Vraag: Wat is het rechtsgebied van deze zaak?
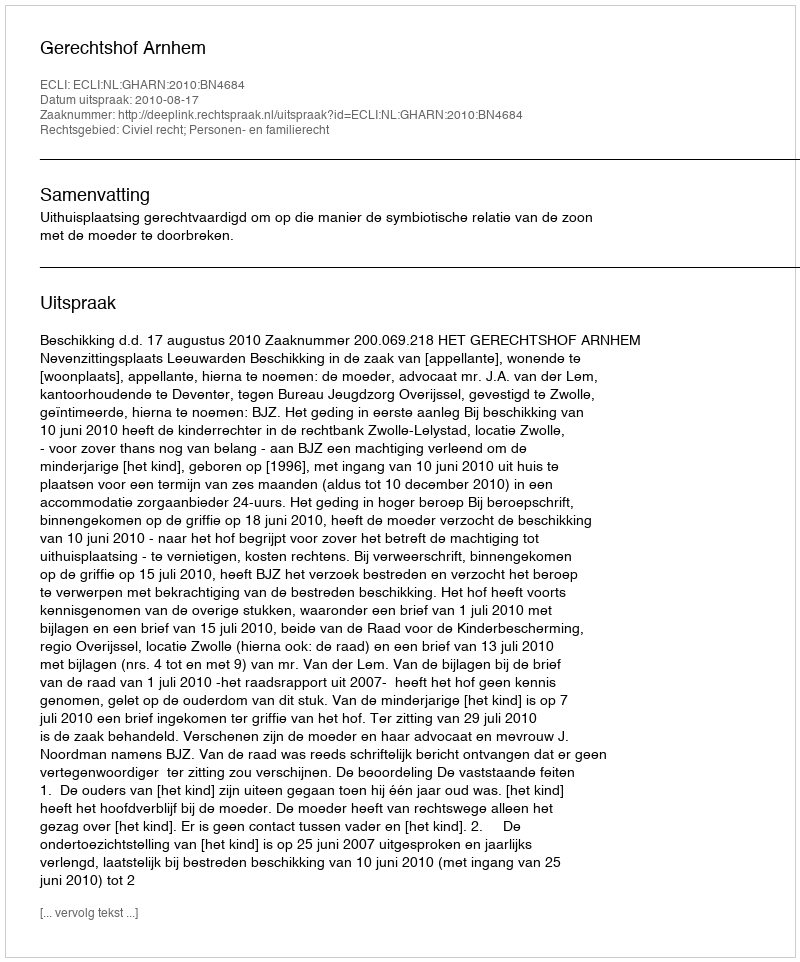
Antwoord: Civiel recht; Personen- en familierecht